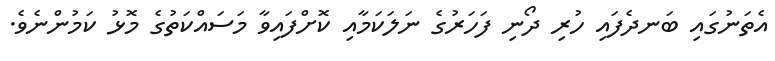
އެތަނުގައި ބަނދެފައި ހުރި ދޯނި ފަހަރުގެ ނަލަކަމާއި ކޮށްފައިވާ މަސައްކަތުގެ މޮޅު ކަމުންނެވެ.